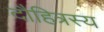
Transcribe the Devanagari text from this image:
दौहित्रस्य